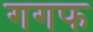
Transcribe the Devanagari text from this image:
गगफ